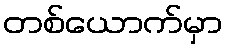
တစ်ယောက်မှာ